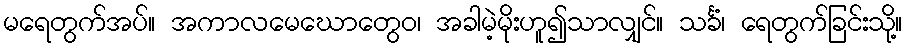
မရေတွက်အပ်။ အကာလမေဃောတွေဝ၊ အခါမဲ့မိုးဟူ၍သာလျှင်။ သင်္ခံ၊ ရေတွက်ခြင်းသို့။